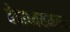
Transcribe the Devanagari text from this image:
वेदाध्ययनास